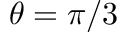
\theta = \pi / 3